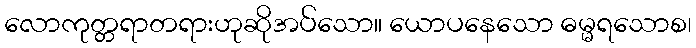
လောကုတ္တရာတရားဟုဆိုအပ်သော။ ယောပနေသော ဓမ္မရသောစ၊